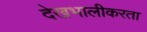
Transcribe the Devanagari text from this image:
देखभालीकरता